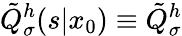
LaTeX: \tilde{Q}_{\sigma}^{h}(s|x_{0})\equiv\tilde{Q}_{\sigma}^{h}